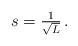
LaTeX: \begin{align*} s = \tfrac{1}{\sqrt{L}} \,.\end{align*}